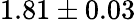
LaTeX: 1.81\pm 0.03